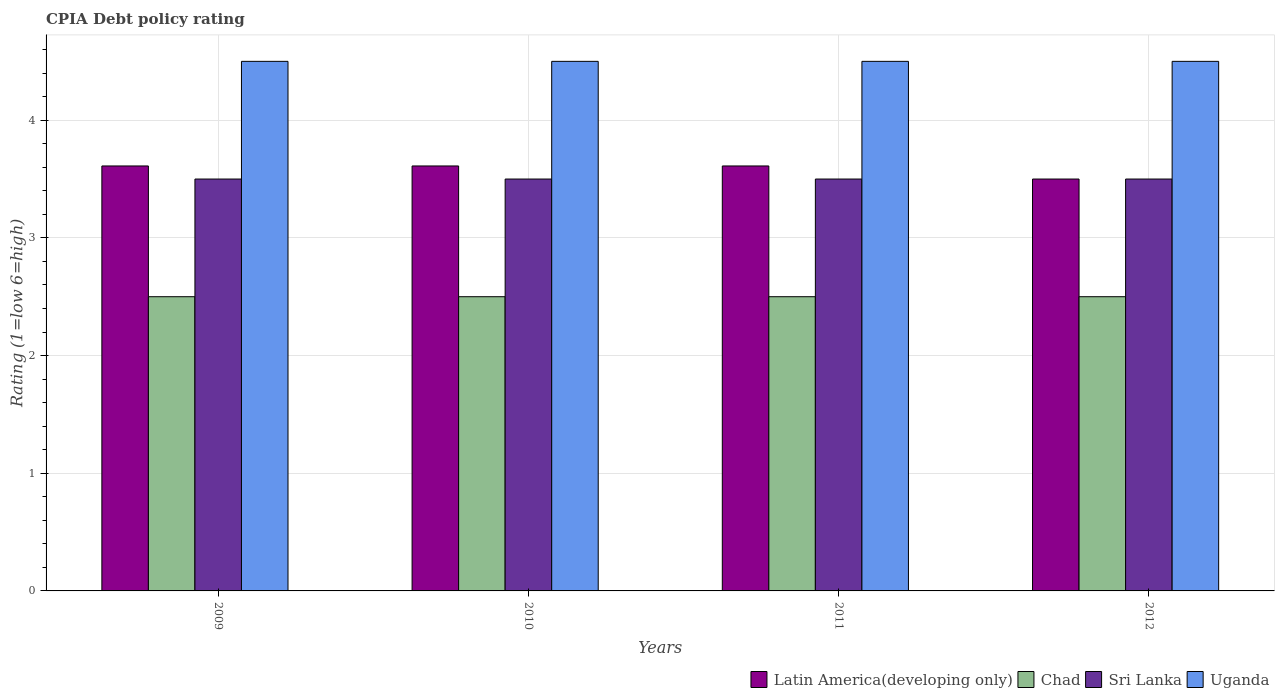
| Years | Latin America(developing only) | Chad | Sri Lanka | Uganda |
 | --- | --- | --- | --- | --- |
 | 2009 | 3.61 | 2.5 | 3.5 | 4.5 |
 | 2010 | 3.61 | 2.5 | 3.5 | 4.5 |
 | 2011 | 3.61 | 2.5 | 3.5 | 4.5 |
 | 2012 | 3.5 | 2.5 | 3.5 | 4.5 |